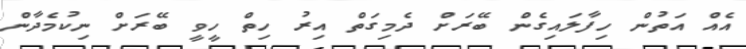
އެއް އަތުން ހިފާލައިގެން ބޭރަށް ދެމިގަތް އިރު ހިތް ހީވީ ބޭރަށް ނިކުމެދާން